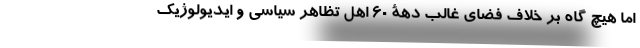
اما هیچ گاه بر خلاف فضای غالب دهۀ 60 اهل تظاهر سیاسی و ایدیولوژیک